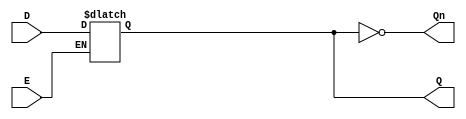
module GatedDLatch (
    input wire D,      // Data input
    input wire E,      // Enable input
    output reg Q,      // Output
    output wire Qn     // Complement of Q
);

// Complement of Q
assign Qn = ~Q;

// Always block to implement the latch behavior
always @ (E or D) begin
    if (E) begin
        Q <= D;      // Capture the value of D when E is high
    end
    // When E is low, Q retains its last value (no action needed)
end

endmodule